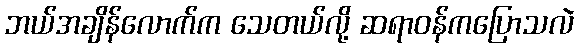
ဘယ်အချိန်လောက်က သေတယ်လို့ ဆရာဝန်ကပြောသလဲ